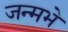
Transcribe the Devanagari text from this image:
जन्मभे